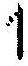
1